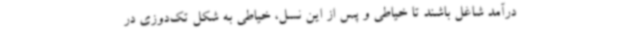
درآمد شاغل باشند تا خیاطی و پس از این نسل، خیاطی به شکل تک‌دوزی در